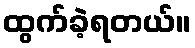
ထွက်ခဲ့ရတယ်။